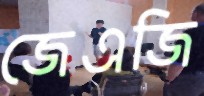
জেএজি